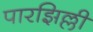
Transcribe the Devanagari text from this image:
पारझिल्ली